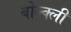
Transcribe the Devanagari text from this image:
बोल्क्ली